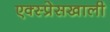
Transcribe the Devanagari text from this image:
एक्स्प्रेसखाली